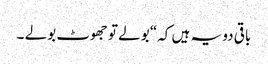
باقی دو یہ ہیں کہ“ بولے تو جھوٹ بولے ۔